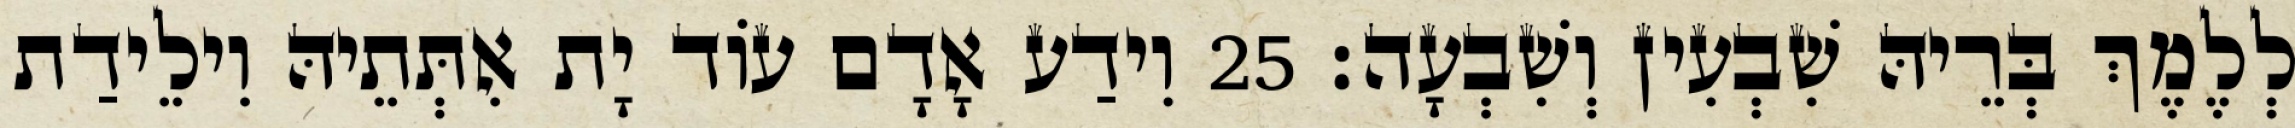
לְלֶמֶךְ בְּרֵיהּ שִׁבְעִין וְשִׁבְעָה׃ 25 וִידַע אָדָם עוֹד יָת אִתְּתֵיהּ וִילֵידַת